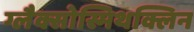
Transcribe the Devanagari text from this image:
ग्लैक्सोस्मिथक्लिन